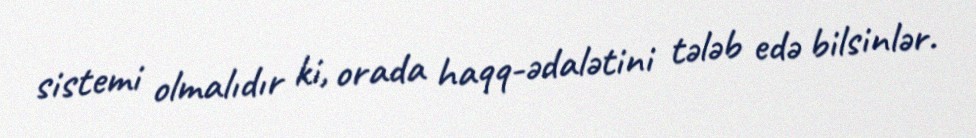
sistemi olmalıdır ki, orada haqq-ədalətini tələb edə bilsinlər.